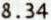
8.34